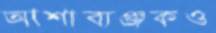
আশাব্যঞ্জকও